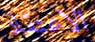
الاعتقاد